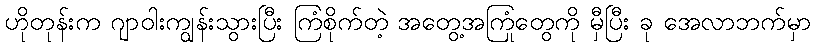
ဟိုတုန်းက ဂျာဝါးကျွန်းသွားပြီး ကြံစိုက်တဲ့ အတွေ့အကြုံတွေကို မှီပြီး ခု အေလာဘက်မှာ